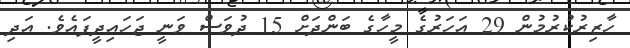
ހާޒިރުކުރުމުން 29 އަހަރުގެ މީހާގެ ބަންދަށް 15 ދުވަސް ވަނީ ޖަހައިދީފައެވެ. އަދި